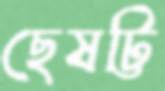
ছেষট্টি